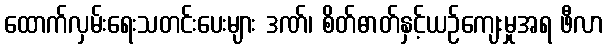
ထောက်လှမ်းရေးသတင်းပေးများ ဒဏ်၊ စိတ်ဓာတ်နှင့်ယဉ်ကျေးမှုအရ ဖီလာ